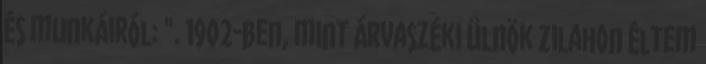
és munkáiról: ". 1902-ben, mint árvaszéki ülnök Zilahon éltem